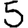
Digit: 5